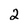
Character: 2